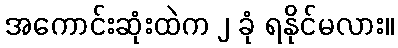
အကောင်းဆုံးထဲက ၂ ခုံ ရနိုင်မလား။